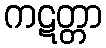
ကဋတ္တာ